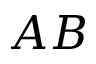
A B